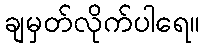
ချမှတ်လိုက်ပါရေ။